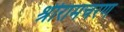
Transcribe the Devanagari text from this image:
श्रीरामचरण